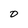
Character: D